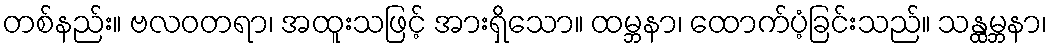
တစ်နည်း။ ဗလဝတရာ၊ အထူးသဖြင့် အားရှိသော။ ထမ္ဘနာ၊ ထောက်ပံ့ခြင်းသည်။ သန္ထမ္ဘနာ၊